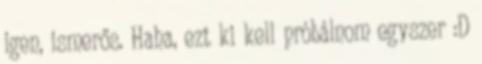
igen, ismerős. Haha, ezt ki kell próbálnom egyszer :D